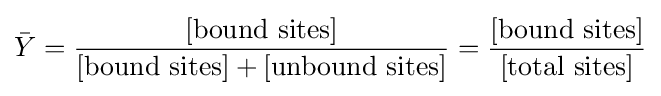
{\bar {Y}}={\frac {[{\text{bound sites}}]}{[{\text{bound sites}}]+[{\text{unbound sites}}]}}={\frac {[{\text{bound sites}}]}{[{\text{total sites}}]}}